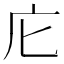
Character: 庀